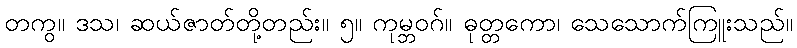
တကွ။ ဒသ၊ ဆယ်ဇာတ်တို့တည်း။ ၅။ ကုမ္ဘဝဂ်။ ဓုတ္တကော၊ သေသောက်ကြူးသည်။